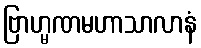
ဗြာဟ္မဏမဟာသာလာနံ